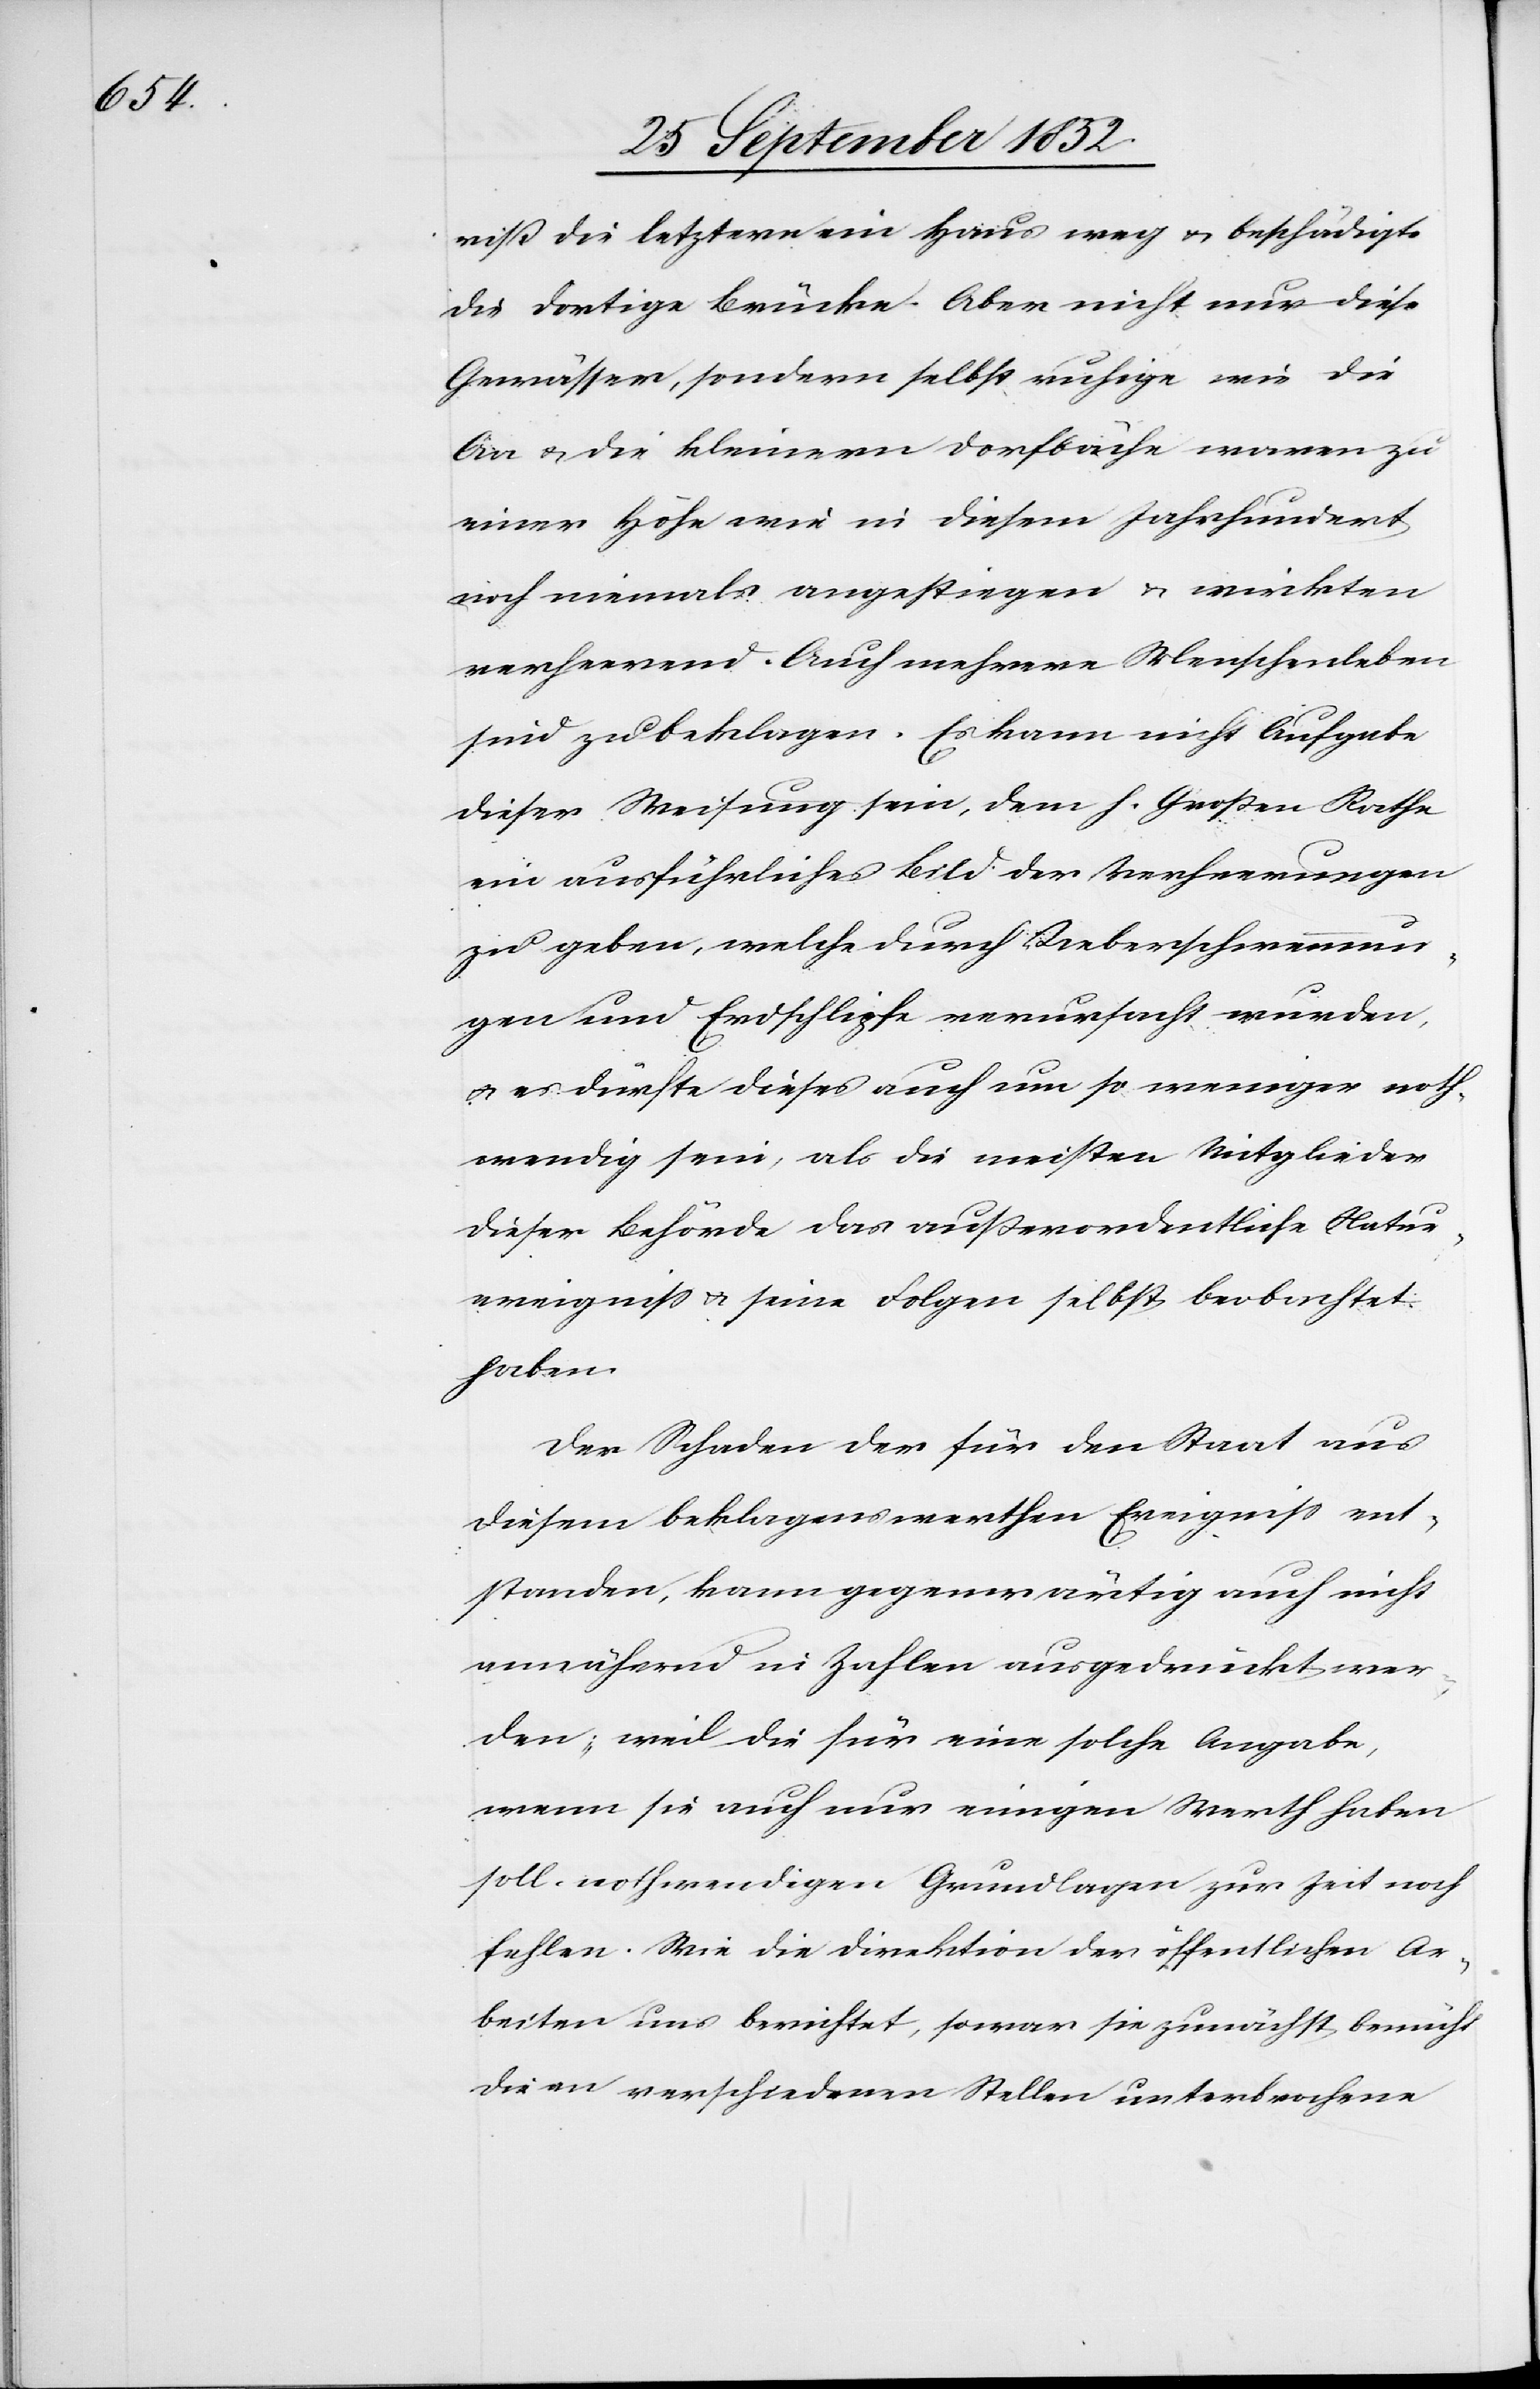
riß die letztere ein Haus weg & beschädigte
die dortige Brücke. Aber nicht nur diese
Gewässer, sondern selbst ruhige wie die
Aa & die kleinern Dorfbäche waren zu
einer Höhe wie in diesem Jahrhundert
noch niemals angestiegen & wirkten
verheerend. Auch mehrere Menschenleben
sind zu beklagen. Es kann nicht Aufgabe
dieser Weisung sein, dem h. Großen Rathe
ein ausführliches Bild der Verheerungen
zu geben, welche durch Ueberschwemmun¬
gen und Erdschlipfe verursacht wurden,
& es dürfte dieses auch um so weniger noth¬
wendig sein, als die meisten Mitglieder
dieser Behörde das außerordentliche Natur¬
ereigniss & seine Folgen selbst beobachtet
haben.
Der Schaden der für den Staat aus
diesem beklagenswerthen Ereigniss ent¬
standen, kann gegenwärtig auch nicht
annähernd in Zahlen ausgedrückt wer¬
den; weil die für eine solche Angabe,
wenn sie auch nur einigen Werth haben
soll, nothwendigen Grundlagen zur Zeit noch
fehlen. Wie die Direktion der öffentlichen Ar¬
beiten uns berichtet, sowar [sic!] sie zunächst bemüht
die an verschiedenen Stellen unterbrochene